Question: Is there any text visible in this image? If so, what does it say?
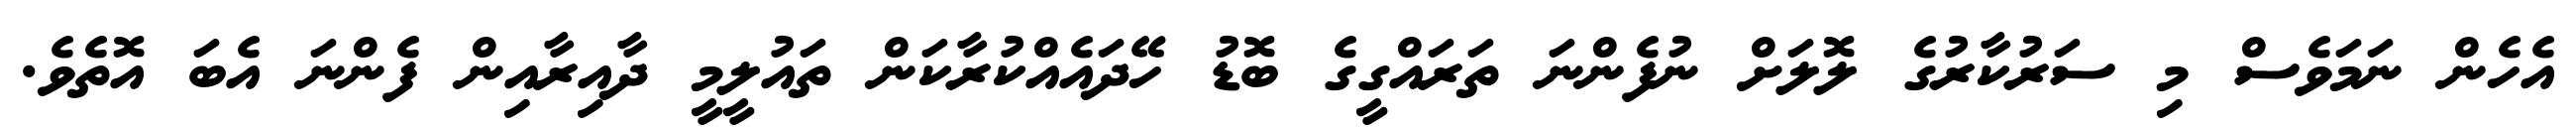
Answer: އެހެން ނަމަވެސް މި ސަރުކާރުގެ ލޮލަށް ނުފެންނަ ތަރައްގީގެ ބޮޑު ހޭދައެއްކުރާކަން ތައުލީމީ ދާއިރާއިން ފެންނަ އެބަ އޮތެވެ.